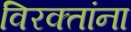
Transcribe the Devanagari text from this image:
विरक्तांना